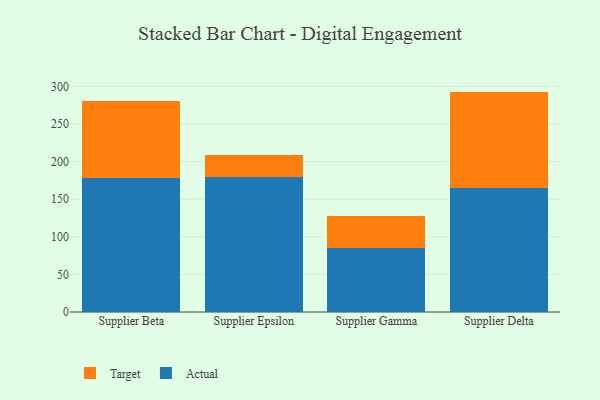
{"axis": {"x": "Supplier", "y": "Budget (USD K)"}, "legend": ["Actual", "Target"], "data": [{"x": "Supplier Beta", "y": 178.6, "type": "Actual"}, {"x": "Supplier Beta", "y": 102.3, "type": "Target"}, {"x": "Supplier Epsilon", "y": 180.0, "type": "Actual"}, {"x": "Supplier Epsilon", "y": 28.8, "type": "Target"}, {"x": "Supplier Gamma", "y": 85.7, "type": "Actual"}, {"x": "Supplier Gamma", "y": 42.4, "type": "Target"}, {"x": "Supplier Delta", "y": 165.4, "type": "Actual"}, {"x": "Supplier Delta", "y": 127.6, "type": "Target"}]}